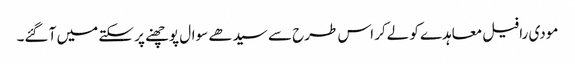
مودی رافیل معاہدے کو لےکر اس طرح سے سیدھے سوال پوچھنے پر سکتے میں آ گئے۔